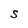
Character: S